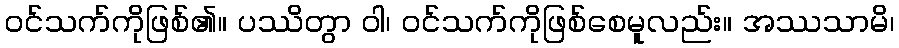
ဝင်သက်ကိုဖြစ်၏။ ပဿိတွာ ဝါ၊ ဝင်သက်ကိုဖြစ်စေမူလည်း။ အဿသာမိ၊